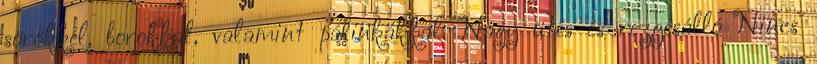
sörökkel, borokkal, valamint pálinkákkal. Nagy ütés és rezgésálló Nincs